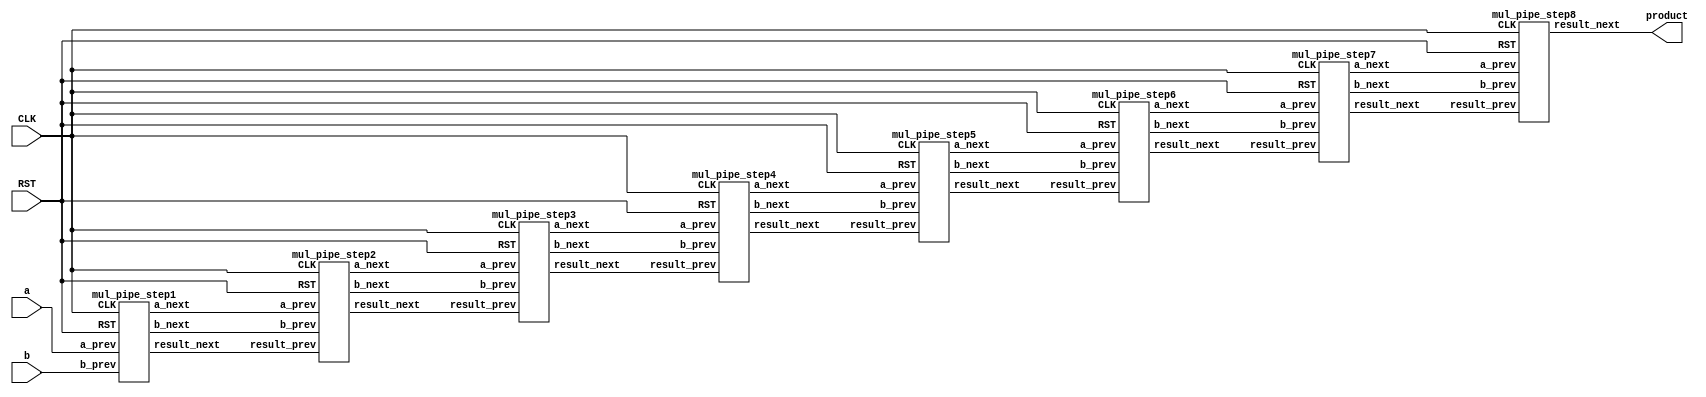
/***********************************************
Module Name:   Multiplication_Pipeline
Feature:       8 bits unsigned numbers multiplication 
Coder:         Garfield
Organization:  XXXX Group, Department of Architecture
------------------------------------------------------
Input ports:   a,b , 8 bits, operents unsigned
               CLK, 1bit clock
               RST, 1 bit, reset
Output Ports:  product: 16 bits, = a * b
------------------------------------------------------
History:
01-15-2016: First Version by Garfield
01-15-2016: First verified by Multiplication_Pipeline_test  ISE/Modelsim
***********************************************/
module multiplication_pipeline
//Multiplication in pipeline
  ( 
    input[7:0] a,
    input[7:0] b,
    input CLK, input RST,
    output[15:0] product
  );

//Definition for Variables in the module
wire[7:0] a0, a1, a2, a3, a4, a5, a6, a7;
//In a's delay chain
wire[7:0] b0;
wire[6:0] b1;
wire[5:0] b2;
wire[4:0] b3;
wire[3:0] b4;
wire[2:0] b5;
wire[1:0] b6;
wire b7;
//In b's delay chain
wire [7:0] result1;
wire [9:0] result2;
wire [10:0] result3;
wire [11:0] result4;
wire [12:0] result5;
wire [13:0] result6;
wire [14:0] result7;
wire [15:0] result8;
//In Result's Chain

//Load other module(s)
mul_pipe_step1 M1(.a_prev(a0),.b_prev(b0),
                  .CLK(CLK), .RST(RST),
                  .a_next(a1),.b_next(b1),.result_next(result1));
                  
mul_pipe_step2 M2(.a_prev(a1),.b_prev(b1),.result_prev(result1),
                  .CLK(CLK), .RST(RST),
                  .a_next(a2),.b_next(b2),.result_next(result2));                  

mul_pipe_step3 M3(.a_prev(a2),.b_prev(b2),.result_prev(result2),
                  .CLK(CLK), .RST(RST),
                  .a_next(a3),.b_next(b3),.result_next(result3));  
                  
mul_pipe_step4 M4(.a_prev(a3),.b_prev(b3),.result_prev(result3),
                  .CLK(CLK), .RST(RST),
                  .a_next(a4),.b_next(b4),.result_next(result4));    
                  
mul_pipe_step5 M5(.a_prev(a4),.b_prev(b4),.result_prev(result4),
                  .CLK(CLK), .RST(RST),
                  .a_next(a5),.b_next(b5),.result_next(result5)); 
                  
mul_pipe_step6 M6(.a_prev(a5),.b_prev(b5),.result_prev(result5),
                  .CLK(CLK), .RST(RST),
                  .a_next(a6),.b_next(b6),.result_next(result6));   
                  
mul_pipe_step7 M7(.a_prev(a6),.b_prev(b6),.result_prev(result6),
                  .CLK(CLK), .RST(RST),
                  .a_next(a7),.b_next(b7),.result_next(result7));  
                  
mul_pipe_step8 M8(.a_prev(a7),.b_prev(b7),.result_prev(result7),
                  .CLK(CLK), .RST(RST),
                  .result_next(result8));                                                                                      
//Logical
assign a0 = a;
assign b0 = b;
assign product = result8;

endmodule

module mul_pipe_step1
//Step1 in pipeline
  ( 
    input[7:0] a_prev,
    input[7:0] b_prev,
//  input result_prev,
    input CLK, input RST,
    output reg[7:0] a_next,
    output reg[6:0] b_next,
    output reg[7:0] result_next
  );

//Definition for Variables in the module

//Load other module(s)

//Logical

always @(posedge CLK or negedge RST)
//Staoring for input delay
begin
    if (!RST)
    //Reset
    begin
        a_next <= 8'h00;
        b_next <= 7'h00;
    end
    else 
    begin
        a_next <= a_prev;
        b_next <= b_prev[7:1];
    end 
end

always @(posedge CLK or negedge RST)
//Staoring for input delay
begin
    if (!RST)
    //Reset
    begin
        result_next <= 9'h000;
    end
    else 
    begin
        if (b_prev[0])
        begin
            result_next <= a_prev;
        end
        else
        begin
            result_next <= 8'h00;
        end
    end 
end

endmodule

module mul_pipe_step2
//Step2 in pipeline
  ( 
    input[7:0] a_prev,
    input[6:0] b_prev,
    input[7:0] result_prev,
    input CLK, input RST,
    output reg[7:0] a_next,
    output reg[5:0] b_next,
    output reg[9:0] result_next
  );

//Definition for Variables in the module

//Load other module(s)

//Logical

always @(posedge CLK or negedge RST)
//Staoring for input delay
begin
    if (!RST)
    //Reset
    begin
        a_next <= 8'h00;
        b_next <= 6'h00;
    end
    else 
    begin
        a_next <= a_prev;
        b_next <= b_prev[6:1];
    end 
end

always @(posedge CLK or negedge RST)
//Staoring for input delay
begin
    if (!RST)
    //Reset
    begin
        result_next <= 10'h000;
    end
    else 
    begin
        if (b_prev[0])
        begin
            result_next <={2'b0, result_prev} + {1'b0, a_prev, 1'b0};
            // = result + (a << 2)
            //max bit width 10
        end
        else
        begin
            result_next <= {1'b0, result_prev};
        end
    end 
end

endmodule

module mul_pipe_step3
//Step3 in pipeline
  ( 
    input[7:0] a_prev,
    input[5:0] b_prev,
    input[9:0] result_prev,
    input CLK, input RST,
    output reg[7:0] a_next,
    output reg[4:0] b_next,
    output reg[10:0] result_next
  );

//Definition for Variables in the module

//Load other module(s)

//Logical

always @(posedge CLK or negedge RST)
//Staoring for input delay
begin
    if (!RST)
    //Reset
    begin
        a_next <= 8'h00;
        b_next <= 5'h00;
    end
    else 
    begin
        a_next <= a_prev;
        b_next <= b_prev[5:1];
    end 
end

always @(posedge CLK or negedge RST)
//Staoring for input delay
begin
    if (!RST)
    //Reset
    begin
        result_next <= 11'h000;
    end
    else 
    begin
        if (b_prev[0])
        begin
            result_next <={1'b0, result_prev} +{1'b0, a_prev, 2'b00};
            // = result + (a << 3)
        end
        else
        begin
            result_next <= {1'b0, result_prev};
        end
    end 
end

endmodule

module mul_pipe_step4
//Step4 in pipeline
  ( 
    input[7:0] a_prev,
    input[4:0] b_prev,
    input[10:0] result_prev,
    input CLK, input RST,
    output reg[7:0] a_next,
    output reg[3:0] b_next,
    output reg[11:0] result_next
  );

//Definition for Variables in the module

//Load other module(s)

//Logical

always @(posedge CLK or negedge RST)
//Staoring for input delay
begin
    if (!RST)
    //Reset
    begin
        a_next <= 8'h00;
        b_next <= 4'h0;
    end
    else 
    begin
        a_next <= a_prev;
        b_next <= b_prev[4:1];
    end 
end

always @(posedge CLK or negedge RST)
//Staoring for input delay
begin
    if (!RST)
    //Reset
    begin
        result_next <= 12'h000;
    end
    else 
    begin
        if (b_prev[0])
        begin
            result_next <={1'b0, result_prev} + {1'b0, a_prev, 3'b000};
            // = result + (a << 4)
        end
        else
        begin
            result_next <= {1'b0, result_prev};
        end
    end 
end

endmodule

module mul_pipe_step5
//Step5 in pipeline
  ( 
    input[7:0] a_prev,
    input[3:0] b_prev,
    input[11:0] result_prev,
    input CLK, input RST,
    output reg[7:0] a_next,
    output reg[2:0] b_next,
    output reg[12:0] result_next
  );

//Definition for Variables in the module

//Load other module(s)

//Logical

always @(posedge CLK or negedge RST)
//Staoring for input delay
begin
    if (!RST)
    //Reset
    begin
        a_next <= 8'h00;
        b_next <= 3'h0;
    end
    else 
    begin
        a_next <= a_prev;
        b_next <= b_prev[3:1];
    end 
end

always @(posedge CLK or negedge RST)
//Staoring for input delay
begin
    if (!RST)
    //Reset
    begin
        result_next <= 13'h000;
    end
    else 
    begin
        if (b_prev[0])
        begin
            result_next <={1'b0, result_prev} + {1'b0, a_prev, 4'b0000};
            // = result + (a << 5)
        end
        else
        begin
            result_next <= {1'b0, result_prev};
        end
    end 
end

endmodule

module mul_pipe_step6
//Step6 in pipeline
  ( 
    input[7:0] a_prev,
    input[2:0] b_prev,
    input[12:0] result_prev,
    input CLK, input RST,
    output reg[7:0] a_next,
    output reg[1:0] b_next,
    output reg[13:0] result_next
  );

//Definition for Variables in the module

//Load other module(s)

//Logical

always @(posedge CLK or negedge RST)
//Staoring for input delay
begin
    if (!RST)
    //Reset
    begin
        a_next <= 8'h00;
        b_next <= 2'h0;
    end
    else 
    begin
        a_next <= a_prev;
        b_next <= b_prev[2:1];
    end 
end

always @(posedge CLK or negedge RST)
//Staoring for input delay
begin
    if (!RST)
    //Reset
    begin
        result_next <= 14'h000;
    end
    else 
    begin
        if (b_prev[0])
        begin
            result_next <={1'b0, result_prev} + {1'b0, a_prev, 5'b0_0000};
            // = result + (a << 1)
        end
        else
        begin
            result_next <= {1'b0, result_prev};
        end
    end 
end

endmodule

module mul_pipe_step7
//Step7 in pipeline
  ( 
    input[7:0] a_prev,
    input[1:0] b_prev,
    input[13:0] result_prev,
    input CLK, input RST,
    output reg[7:0] a_next,
    output reg b_next,
    output reg[14:0] result_next
  );

//Definition for Variables in the module

//Load other module(s)

//Logical

always @(posedge CLK or negedge RST)
//Staoring for input delay
begin
    if (!RST)
    //Reset
    begin
        a_next <= 8'h00;
        b_next <= 1'h0;
    end
    else 
    begin
        a_next <= a_prev;
        b_next <= b_prev[1];
    end 
end

always @(posedge CLK or negedge RST)
//Staoring for input delay
begin
    if (!RST)
    //Reset
    begin
        result_next <= 15'h0000;
    end
    else 
    begin
        if (b_prev[0])
        begin
            result_next <={1'b0, result_prev} + {1'b0, a_prev, 6'b00_0000};
            // = result + (a << 1)
        end
        else
        begin
            result_next <= {1'b0, result_prev};
        end
    end 
end

endmodule

module mul_pipe_step8
//Step7 in pipeline
  ( 
    input[7:0] a_prev,
    input b_prev,
    input[14:0] result_prev,
    input CLK, input RST,
//  output reg[7:0] a_next,
//  output reg b_next,
    output reg[15:0] result_next
  );

//Definition for Variables in the module

//Load other module(s)

//Logical

always @(posedge CLK or negedge RST)
//Staoring for input delay
begin
    if (!RST)
    //Reset
    begin
        result_next <= 16'h0000;
    end
    else 
    begin
        if (b_prev)
        begin
            result_next <={1'b0, result_prev} + {1'b0, a_prev, 7'b000_0000};
            // = result + (a << 1)
        end
        else
        begin
            result_next <= {1'b0, result_prev};
        end
    end 
end

endmodule